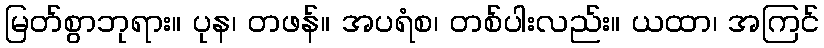
မြတ်စွာဘုရား။ ပုန၊ တဖန်။ အပရံစ၊ တစ်ပါးလည်း။ ယထာ၊ အကြင်